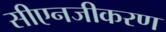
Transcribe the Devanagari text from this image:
सीएनजीकरण